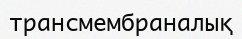
трансмембраналық